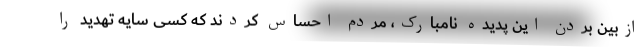
ازبین بردن این پدیده نامبارک، مردم احساس کردند که کسی سایه تهدید را